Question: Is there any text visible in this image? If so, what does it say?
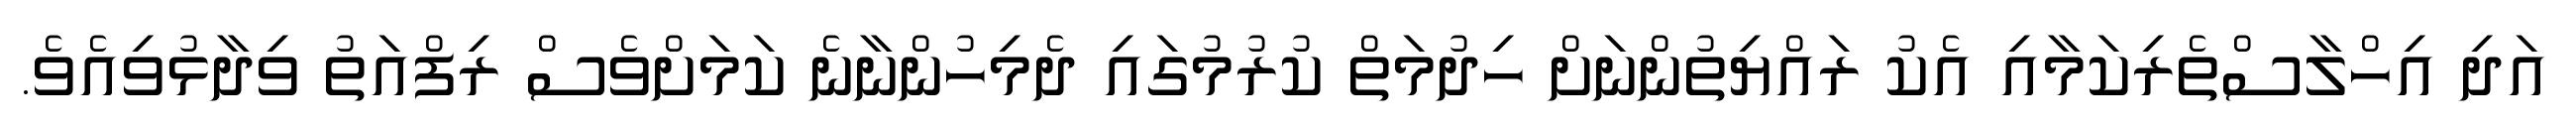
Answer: އަދި އިހްލާސްތެރިކަމާއި އެކު ރައްޔިތުންނަށް ހިދުމަތް ކުރުމުގައި ދެމިހުންނާނެ ކަމަށްވެސް ރިފްއަތު ވިދާޅުވިއެވެ.